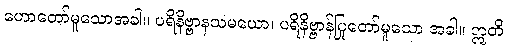
ဟောတော်မူသောအခါ။ ပရိနိဗ္ဗာနသမယော၊ ပရိနိဗ္ဗာန်ပြုတော်မူသော အခါ။ ဣတိ